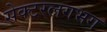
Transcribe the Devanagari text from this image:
सेक्टरलगभग